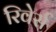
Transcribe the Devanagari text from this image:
रिवेर्स